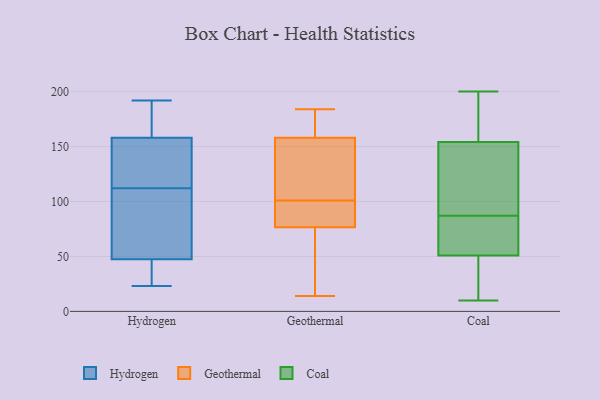
{"axis": {"x": "Backlog", "y": "Value"}, "legend": ["Coal", "Geothermal", "Hydrogen"], "data": [{"x": "", "y": 161, "type": "Hydrogen"}, {"x": "", "y": 53, "type": "Hydrogen"}, {"x": "", "y": 118, "type": "Hydrogen"}, {"x": "", "y": 169, "type": "Hydrogen"}, {"x": "", "y": 146, "type": "Hydrogen"}, {"x": "", "y": 42, "type": "Hydrogen"}, {"x": "", "y": 174, "type": "Hydrogen"}, {"x": "", "y": 155, "type": "Hydrogen"}, {"x": "", "y": 23, "type": "Hydrogen"}, {"x": "", "y": 24, "type": "Hydrogen"}, {"x": "", "y": 192, "type": "Hydrogen"}, {"x": "", "y": 129, "type": "Hydrogen"}, {"x": "", "y": 70, "type": "Hydrogen"}, {"x": "", "y": 106, "type": "Hydrogen"}, {"x": "", "y": 74, "type": "Hydrogen"}, {"x": "", "y": 37, "type": "Hydrogen"}, {"x": "", "y": 184, "type": "Geothermal"}, {"x": "", "y": 101, "type": "Geothermal"}, {"x": "", "y": 67, "type": "Geothermal"}, {"x": "", "y": 14, "type": "Geothermal"}, {"x": "", "y": 140, "type": "Geothermal"}, {"x": "", "y": 84, "type": "Geothermal"}, {"x": "", "y": 118, "type": "Geothermal"}, {"x": "", "y": 74, "type": "Geothermal"}, {"x": "", "y": 152, "type": "Geothermal"}, {"x": "", "y": 173, "type": "Geothermal"}, {"x": "", "y": 175, "type": "Geothermal"}, {"x": "", "y": 30, "type": "Geothermal"}, {"x": "", "y": 160, "type": "Geothermal"}, {"x": "", "y": 90, "type": "Geothermal"}, {"x": "", "y": 97, "type": "Geothermal"}, {"x": "", "y": 200, "type": "Coal"}, {"x": "", "y": 182, "type": "Coal"}, {"x": "", "y": 140, "type": "Coal"}, {"x": "", "y": 53, "type": "Coal"}, {"x": "", "y": 50, "type": "Coal"}, {"x": "", "y": 91, "type": "Coal"}, {"x": "", "y": 60, "type": "Coal"}, {"x": "", "y": 158, "type": "Coal"}, {"x": "", "y": 82, "type": "Coal"}, {"x": "", "y": 58, "type": "Coal"}, {"x": "", "y": 47, "type": "Coal"}, {"x": "", "y": 146, "type": "Coal"}, {"x": "", "y": 23, "type": "Coal"}, {"x": "", "y": 96, "type": "Coal"}, {"x": "", "y": 10, "type": "Coal"}, {"x": "", "y": 178, "type": "Coal"}, {"x": "", "y": 18, "type": "Coal"}, {"x": "", "y": 87, "type": "Coal"}, {"x": "", "y": 157, "type": "Coal"}]}